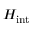
H _ { \mathrm { { i n t } } }